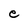
Character: e